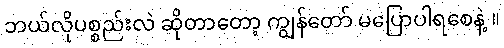
ဘယ်လိုပစ္စည်းလဲ ဆိုတာတော့ ကျွန်တော် မပြောပါရစေနဲ့ ။